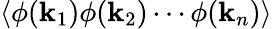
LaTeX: \left\langle\phi(\mathbf{k}_{1})\phi(\mathbf{k}_{2})\cdots\phi(\mathbf{k}_{n})\right\rangle